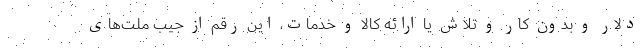
دلار و بدون کار و تلاش یا ارائه کالا و خدمات، این رقم از جیب ملت‌های